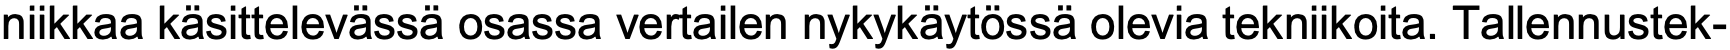
niikkaa käsittelevässä osassa vertailen nykykäytössä olevia tekniikoita. Tallennustek-